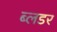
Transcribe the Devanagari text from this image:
ब्लडर